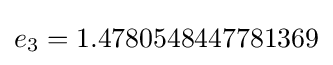
e_{3}=1.4780548447781369